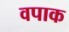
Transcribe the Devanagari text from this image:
वपाक